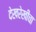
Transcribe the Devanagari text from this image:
देखरेखीचा